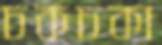
চকচকা